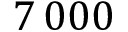
7 \, 0 0 0